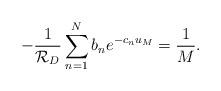
LaTeX: \begin{align*}-\frac{1}{\mathcal{R}_D}\sum^{N}_{n=1}b_ne^{-c_nu_M}=\frac{1}{M}.\end{align*}